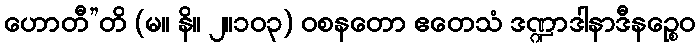
ဟောတီ”တိ (မ။ နိ။ ၂။၁၀၃) ဝစနတော ဧတေသံ ဒဏ္ဍာဒါနာဒီနဉ္စေဝ